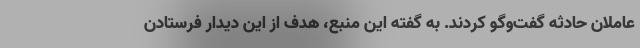
عاملان حادثه گفت‌وگو کردند. به گفته این منبع، هدف از این دیدار فرستادن